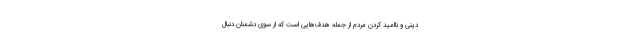
دینی و ناامید کردن مردم از جمله هدف‌هایی است که از سوی دشمنان دنبال